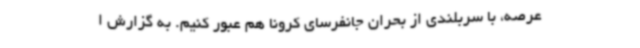
عرصه، با سربلندی از بحران جانفرسای کرونا هم عبور کنیم. به گزارش ا